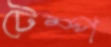
টেম্প